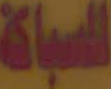
السباكة